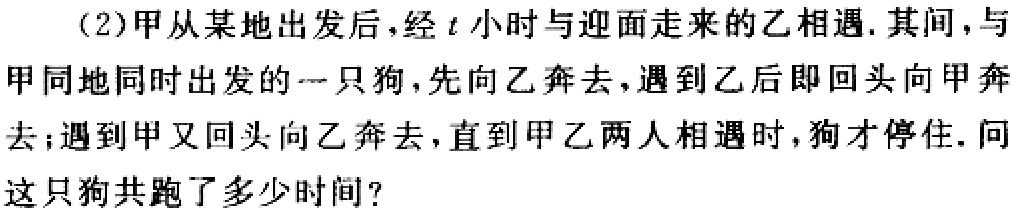
(2)甲从某地出发后,经\(t\)小时与迎面走来的乙相遇.其间,与甲同地同时出发的一只狗,先向乙奔去,遇到乙后即回头向甲奔去;遇到甲又回头向乙奔去,直到甲乙两人相遇时,狗才停住.问这只狗共跑了多少时间?